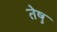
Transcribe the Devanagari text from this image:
तेषु